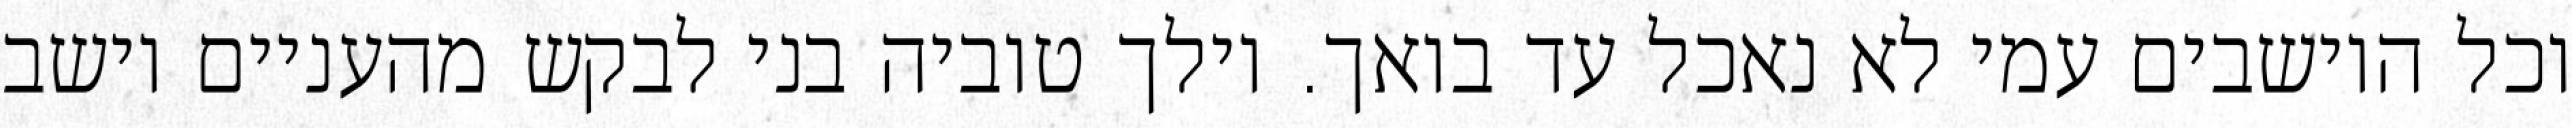
וכל היושבים עמי לא נאכל עד בואך. וילך טוביה בני לבקש מהעניים וישב